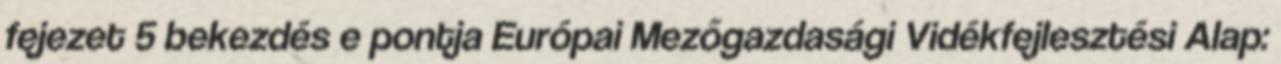
fejezet 5 bekezdés e pontja Európai Mezőgazdasági Vidékfejlesztési Alap: